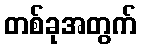
တစ်ခုအတွက်